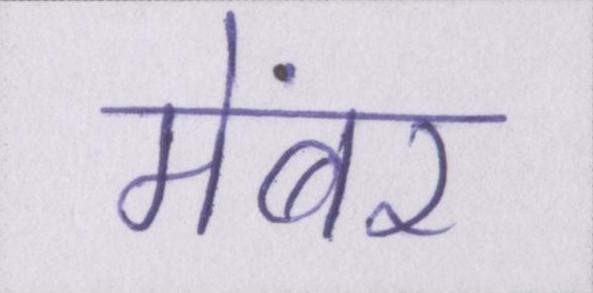
मेंबर